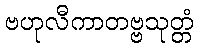
ဗဟုလီကာတဗ္ဗသုတ္တံ